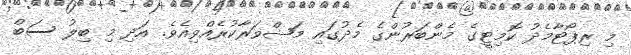
މި ރިޕޯޓާމެދު ކޮމިޓީގެ މެންބަރުންގެ މެދުގައި މަޝްވަރާކުރެއްވިއެވެ. އަދި މި ބިލު ސަބް